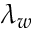
\lambda _ { w }